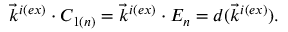
\vec { k } ^ { i ( e x ) } \cdot C _ { 1 ( n ) } = \vec { k } ^ { i ( e x ) } \cdot E _ { n } = d ( \vec { k } ^ { i ( e x ) } ) .